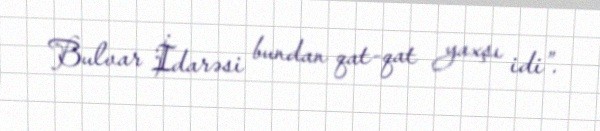
Bulvar İdarəsi bundan qat-qat yaxşı idi”.